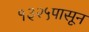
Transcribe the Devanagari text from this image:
१३२५पासून